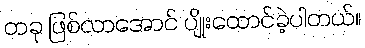
တခု ဖြစ်လာအောင် ပျိုးထောင်ခဲ့ပါတယ်။